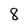
Character: 8